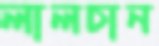
লালচান